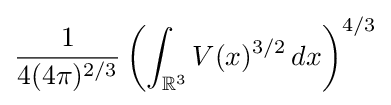
{\frac {1}{4(4\pi )^{2/3}}}\left(\int _{\mathbb {R} ^{3}}V(x)^{3/2}\,dx\right)^{4/3}